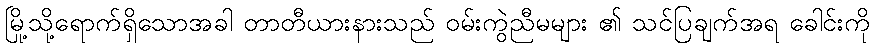
မြို့သို့ရောက်ရှိသောအခါ တာတီယားနားသည် ဝမ်းကွဲညီမများ ၏ သင်ပြချက်အရ ခေါင်းကို